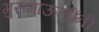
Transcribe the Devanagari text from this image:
गुरुमाऊलींनी